65_HS1-834228961_62-HQ-83894_Section_9
Agency: FBI
Page 142
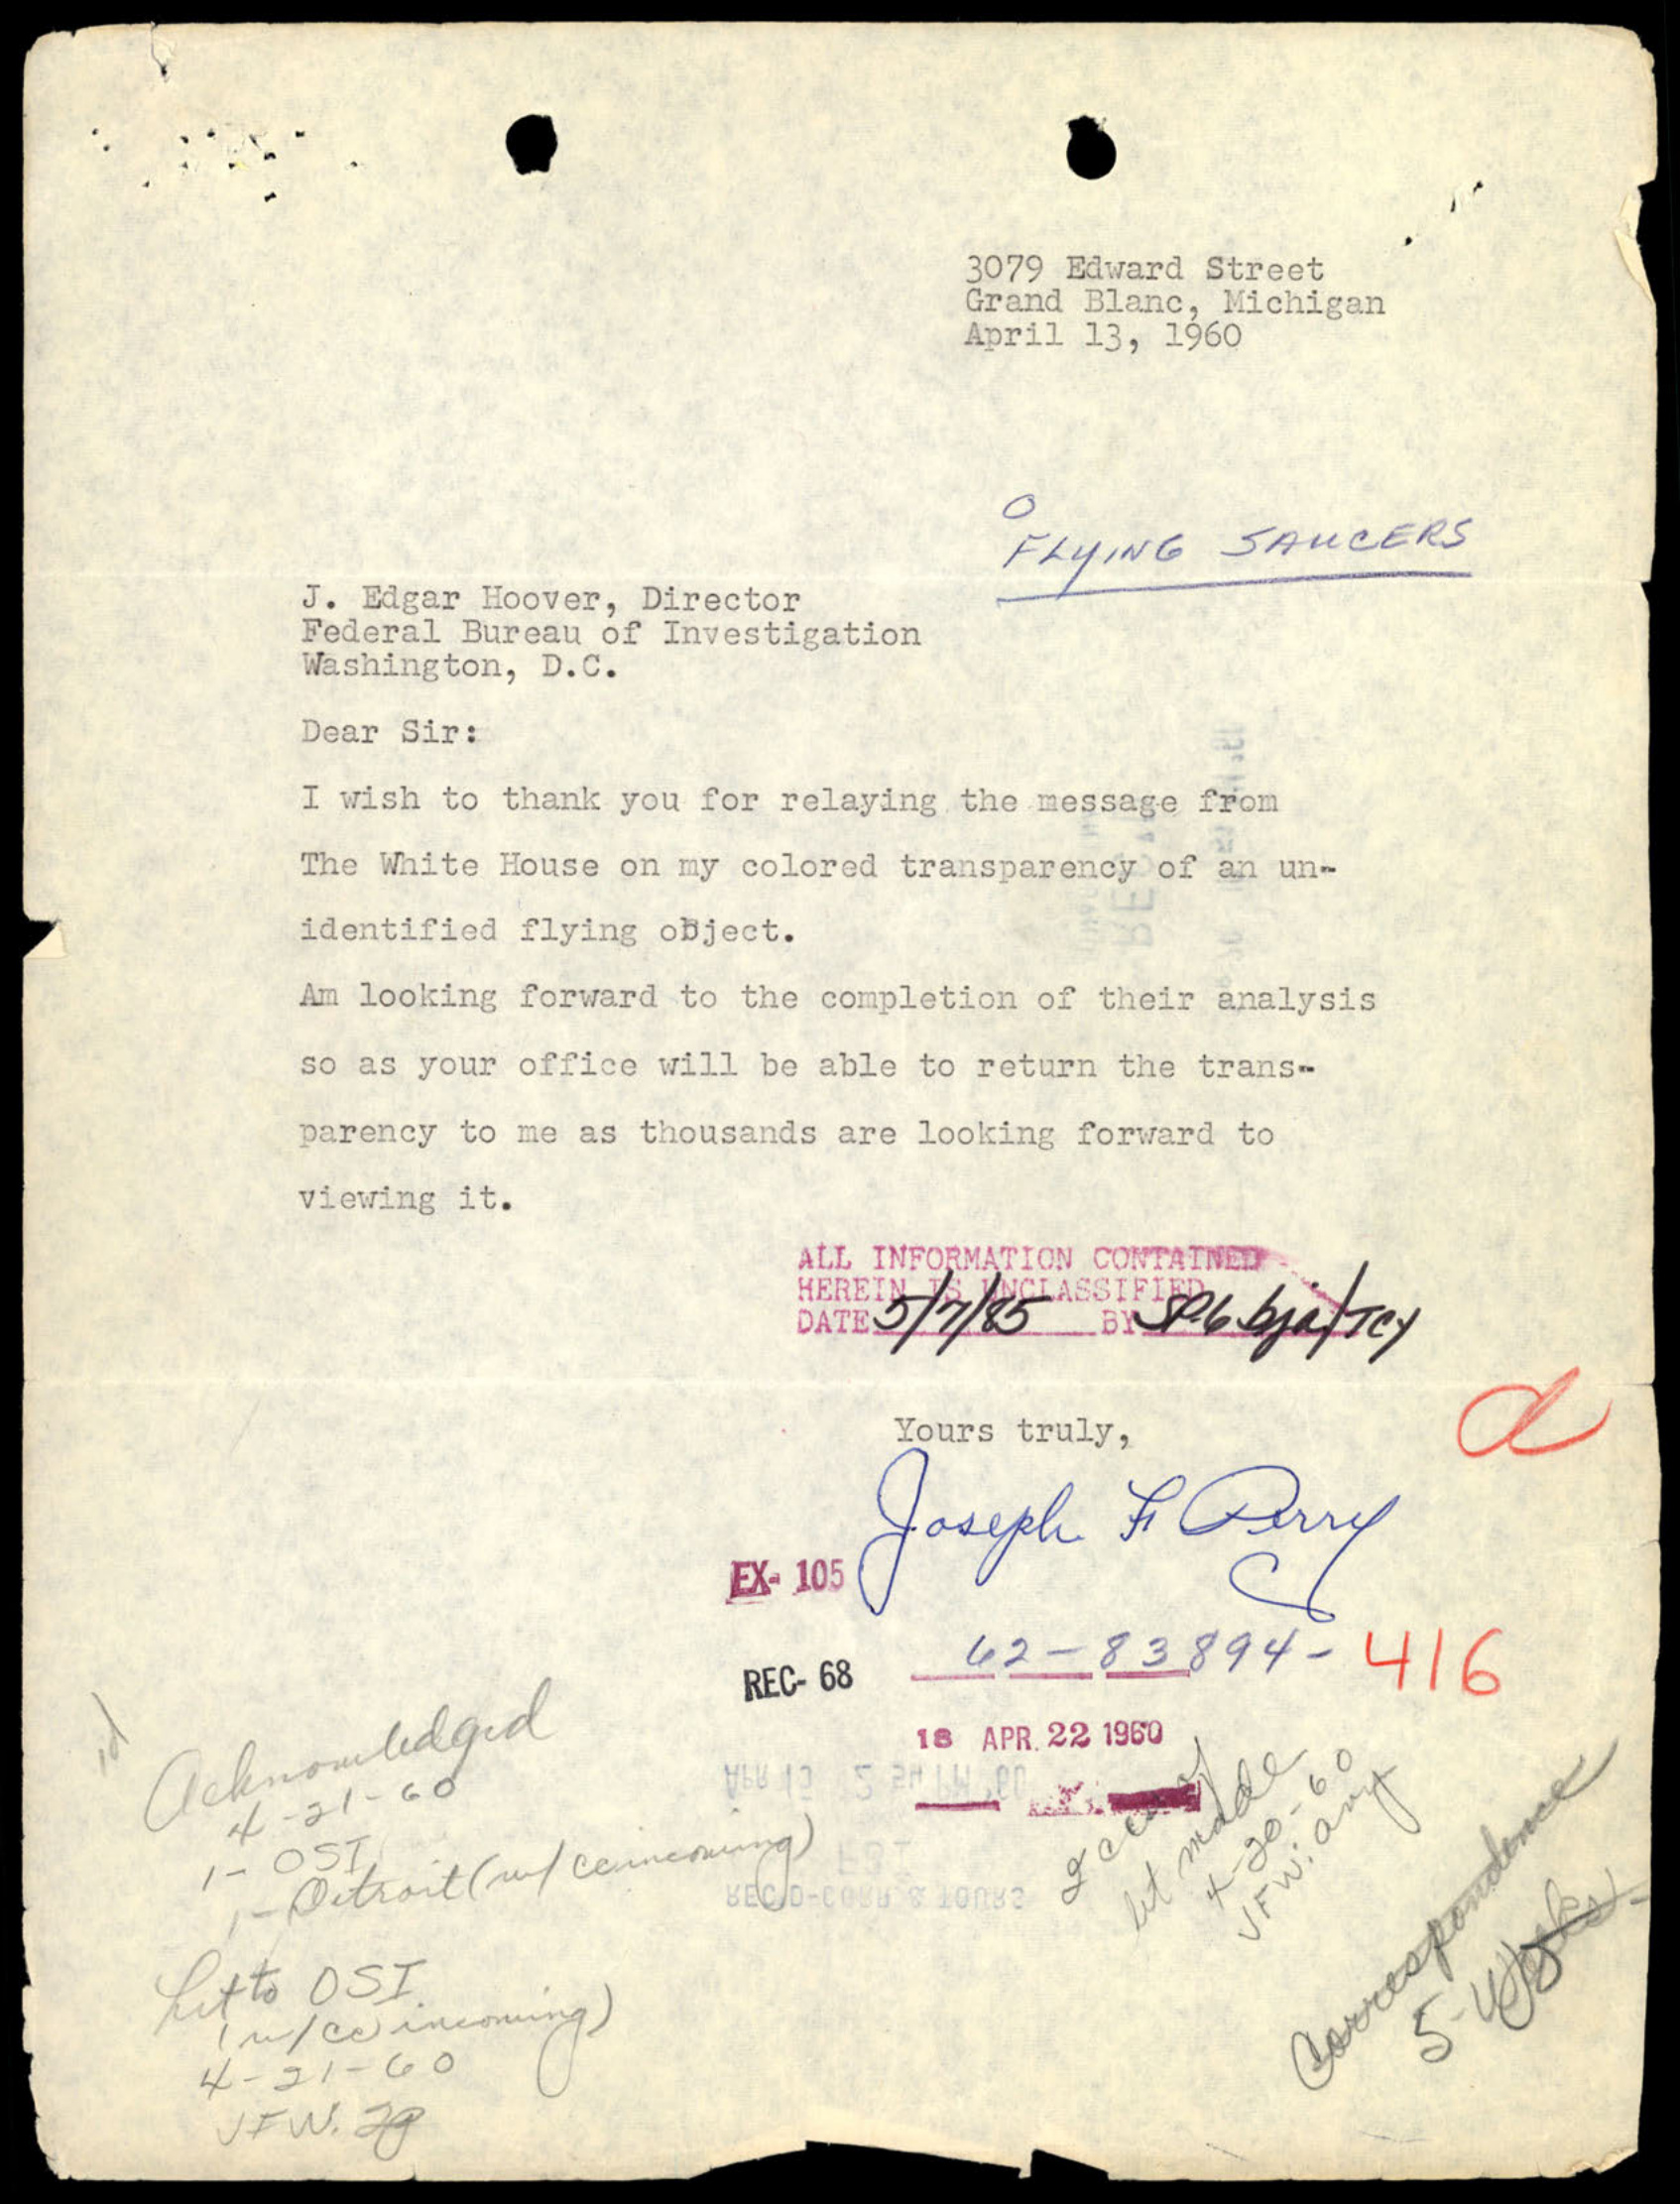